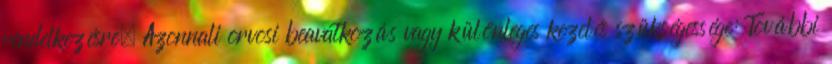
rendelkezésre. Azonnali orvosi beavatkozás vagy különleges kezelés szükségessége: További